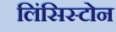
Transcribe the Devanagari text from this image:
लिंसिस्टोन